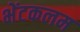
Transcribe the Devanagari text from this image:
भेंटकलम